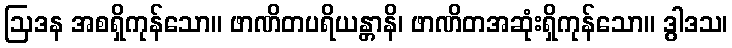
ဩဒန အစရှိကုန်သော။ ဖာဏိတပရိယန္တာနိ၊ ဖာဏိတအဆုံးရှိကုန်သော။ ဒွါဒသ၊